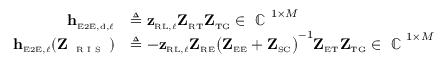
\begin{array} { r l } { \mathbf { h } _ { \scriptscriptstyle \mathrm { E 2 E } , \scriptscriptstyle \mathrm { d } , \ell } } & { \triangleq \mathbf { z } _ { \scriptscriptstyle \mathrm { R } \scriptscriptstyle \mathrm { L } , \ell } \mathbf { Z } _ { \scriptscriptstyle \mathrm { R } \scriptscriptstyle \mathrm { T } } \mathbf { Z } _ { \scriptscriptstyle \mathrm { T } \scriptscriptstyle \mathrm { G } } \in \mathrm { ~ \mathbb { C } ~ } ^ { 1 \times M } } \\ { \mathbf { h } _ { \scriptscriptstyle \mathrm { E 2 E } , \ell } ( \mathbf { Z } _ { \textnormal { \tiny { R I S } } } ) } & { \triangleq - \mathbf { z } _ { \scriptscriptstyle \mathrm { R } \scriptscriptstyle \mathrm { L } , \ell } \mathbf { Z } _ { \scriptscriptstyle \mathrm { R } \scriptscriptstyle \mathrm { E } } \big ( \mathbf { Z } _ { \scriptscriptstyle \mathrm { E } \scriptscriptstyle \mathrm { E } } + \mathbf { Z } _ { \scriptscriptstyle \mathrm { S C } } \big ) ^ { - 1 } \mathbf { Z } _ { \scriptscriptstyle \mathrm { E } \scriptscriptstyle \mathrm { T } } \mathbf { Z } _ { \scriptscriptstyle \mathrm { T } \scriptscriptstyle \mathrm { G } } \in \mathrm { ~ \mathbb { C } ~ } ^ { 1 \times M } } \end{array}